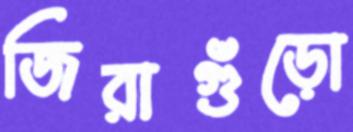
জিরাগুঁড়ো